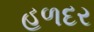
હળદર